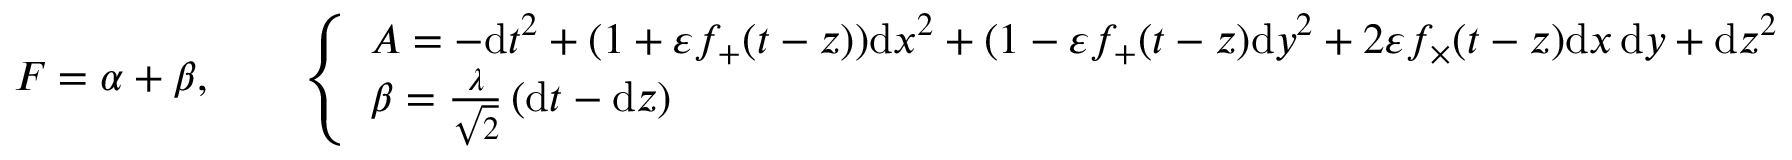
\begin{array} { r } { F = \alpha + \beta , \qquad \left\{ \begin{array} { l l } { A = - \mathrm { d } t ^ { 2 } + ( 1 + \varepsilon f _ { + } ( t - z ) ) \mathrm { d } x ^ { 2 } + ( 1 - \varepsilon f _ { + } ( t - z ) \mathrm { d } y ^ { 2 } + 2 \varepsilon f _ { \times } ( t - z ) \mathrm { d } x \, \mathrm { d } y + \mathrm { d } z ^ { 2 } } \\ { \beta = \frac { \lambda } { \sqrt { 2 } } \left( \mathrm { d } t - \mathrm { d } z \right) } \end{array} \right. } \end{array}